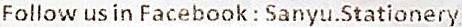
FOLLOW US IN FACEBOOK : SANYU.STATIONERY